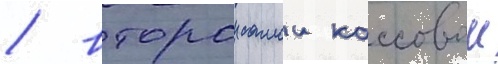
/ второи самои кассовои